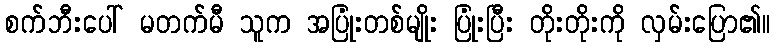
စက်ဘီးပေါ် မတက်မီ သူက အပြုံးတစ်မျိုး ပြုံးပြီး တိုးတိုးကို လှမ်းပြော၏။